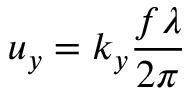
{ { u } _ { y } } = { { k } _ { y } } \frac { f \lambda } { 2 \pi }